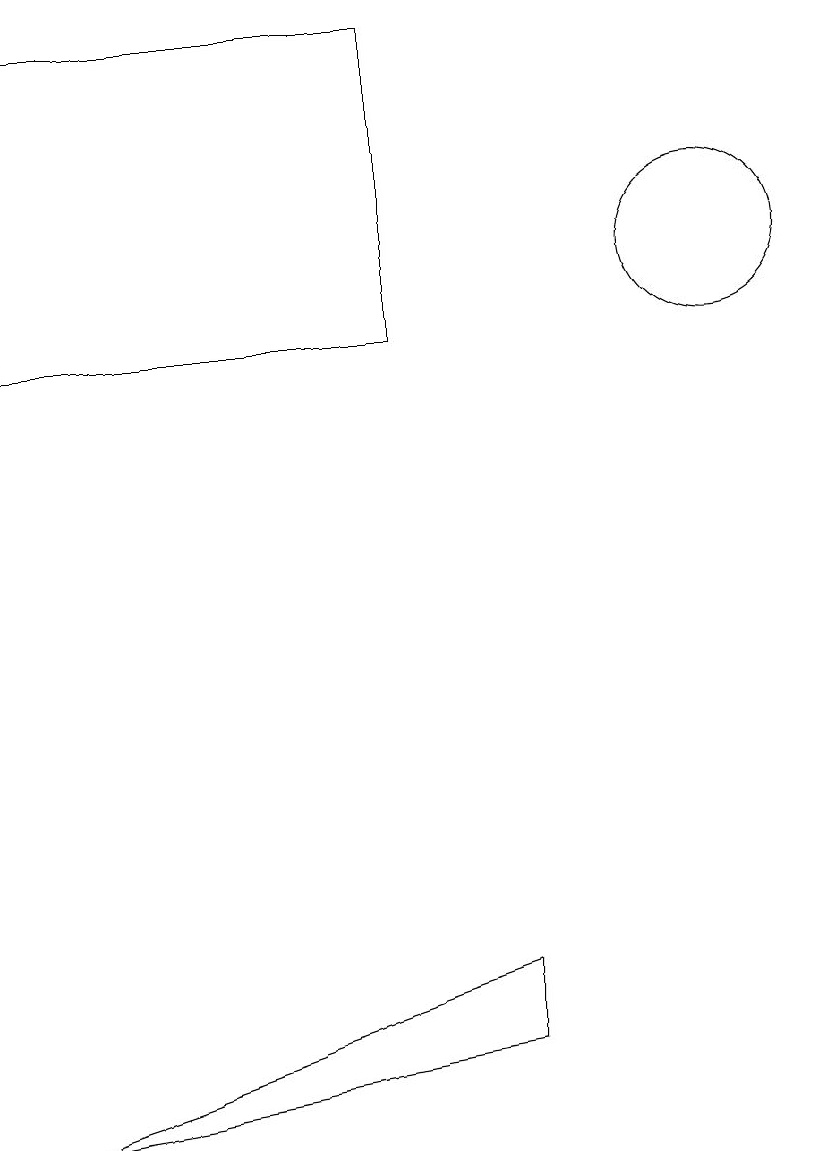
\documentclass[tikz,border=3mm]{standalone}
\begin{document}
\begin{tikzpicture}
\draw (10,11) circle (1);
\draw (7,1) -- (7,2) -- (1,0) -- cycle;
\draw (6,14) rectangle (1,10);
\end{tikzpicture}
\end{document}